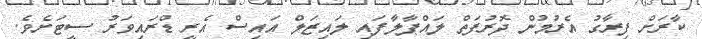
ކާރަށް ފިރާގު އެރުމުން ދޮރުފަތް ލައްޕާލާފައި ލައިޒަލް އައިސް އެރީ ޑްރައިވަރު ސީޓަށެވެ.